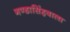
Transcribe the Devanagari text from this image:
गण्डासिंहवाला